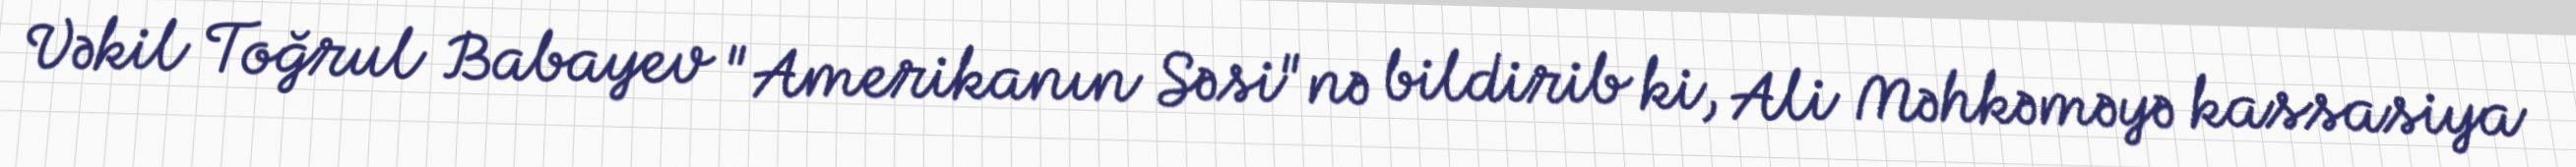
Vəkil Toğrul Babayev "Amerikanın Səsi"nə bildirib ki, Ali Məhkəməyə kassasiya